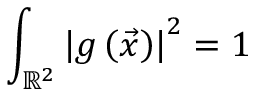
\int _ { \mathbb { R } ^ { 2 } } \left| g \left( \vec { x } \right) \right| ^ { 2 } = 1